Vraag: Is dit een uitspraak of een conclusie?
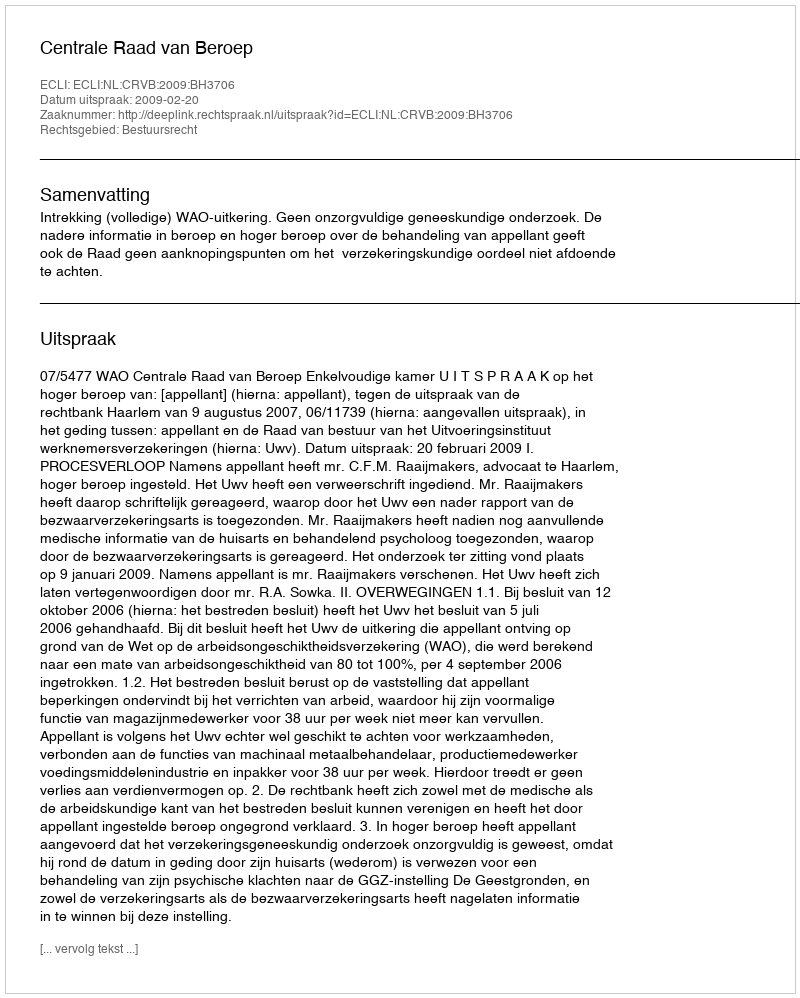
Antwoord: Uitspraak